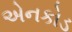
એનકોડ